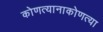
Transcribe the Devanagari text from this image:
कोणत्यानाकोणत्या